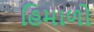
હિમાળો